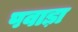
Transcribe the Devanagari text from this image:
पवाड़ा